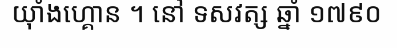
យ៉ាំងហ្គោន ។ នៅ ទសវត្ស ឆ្នាំ ១៧៩០